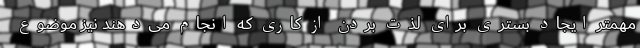
مهمتر ایجاد بستری برای لذت بردن از کاری که انجام می‌دهند نیز موضوع